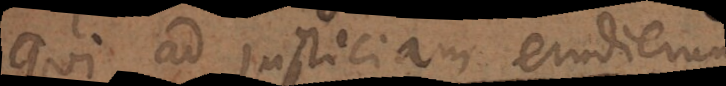
Qui ad justitiam erudierunt